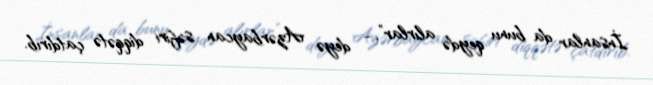
İnsanlar da bunu qeydə alırlar”, - deyə Azərbaycan səfiri diqqətə çatdırıb.